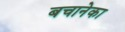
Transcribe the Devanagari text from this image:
बचानेका